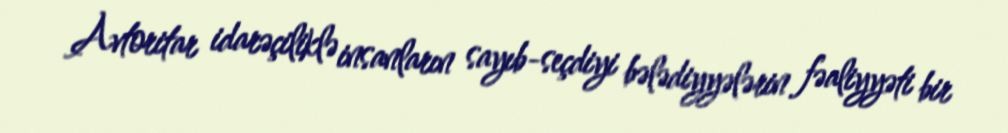
Avtoritar idarəçiliklə insanların sayıb-seçdiyi bələdiyyələrin fəaliyyəti bir